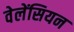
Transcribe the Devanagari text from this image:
वेलेंसियन